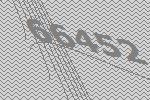
66452